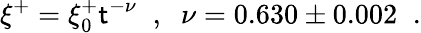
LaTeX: \xi^{+}=\xi_{0}^{+}\mathsf{t}^{-\nu}\; \; ,\; \; \nu=0.630\pm0.002\; \; .